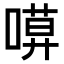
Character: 𠻶